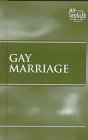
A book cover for At Issue Series - Gay Marriage (hardcover edition); Teen & Young Adult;